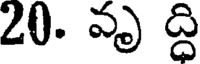
20. వృ ద్ధి